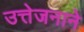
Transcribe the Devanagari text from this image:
उत्तेजनाने